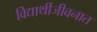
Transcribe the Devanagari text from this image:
विद्यार्थीजीवनात